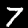
Digit: 7